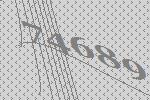
74689